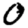
Digit: 0